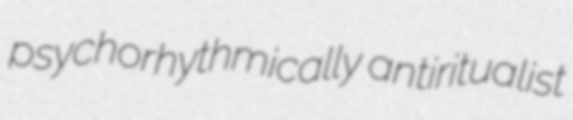
psychorhythmically antiritualist